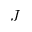
J